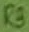
Text: R3